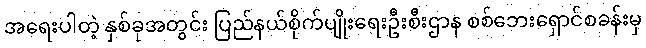
အရေးပါတဲ့ နှစ်ခုအတွင်း ပြည်နယ်စိုက်ပျိုးရေးဦးစီးဌာန စစ်ဘေးရှောင်စခန်းမှ